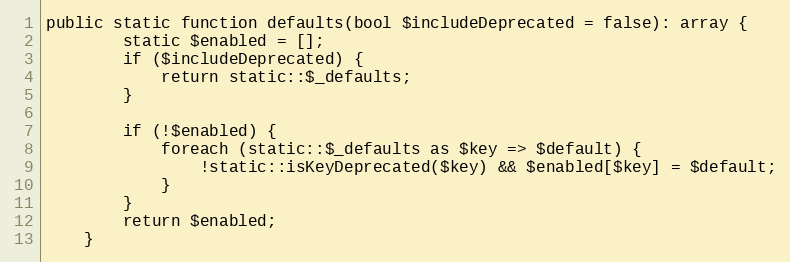
Language: PHP
public static function defaults(bool $includeDeprecated = false): array {
        static $enabled = [];
        if ($includeDeprecated) {
            return static::$_defaults;
        }

        if (!$enabled) {
            foreach (static::$_defaults as $key => $default) {
                !static::isKeyDeprecated($key) && $enabled[$key] = $default;
            }
        }
        return $enabled;
    }